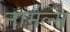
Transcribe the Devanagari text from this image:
नार्मल्स